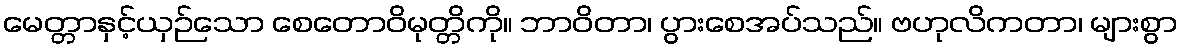
မေတ္တာနှင့်ယှဉ်သော စေတောဝိမုတ္တိကို။ ဘာဝိတာ၊ ပွားစေအပ်သည်။ ဗဟုလိကတာ၊ များစွာ